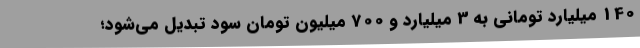
140 میلیارد تومانی به 3 میلیارد و 700 میلیون تومان سود تبدیل می‌شود؛